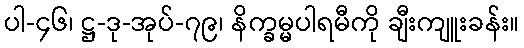
ပါ-၄၆၊ ဋ္ဌ-ဒု-အုပ်-၇၉၊ နိက္ခမ္မပါရမီကို ချီးကျူးခန်း။